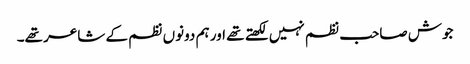
جوش صاحب نظم نہیں لکھتے تھے اور ہم دونوں نظم کے شاعر تھے۔